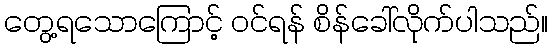
တွေ့ရသောကြောင့် ဝင်ရန် စိန်ခေါ်လိုက်ပါသည်။